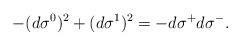
LaTeX: \begin{align*}-(d\sigma^0)^2 + (d\sigma^1)^2 = - d\sigma^+ d \sigma^- .\end{align*}